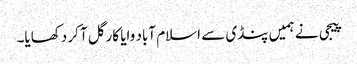
پیجی نے ہمیں پنڈی سے اسلام آباد وایا کارگل آ کر دکھایا۔